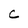
Character: c